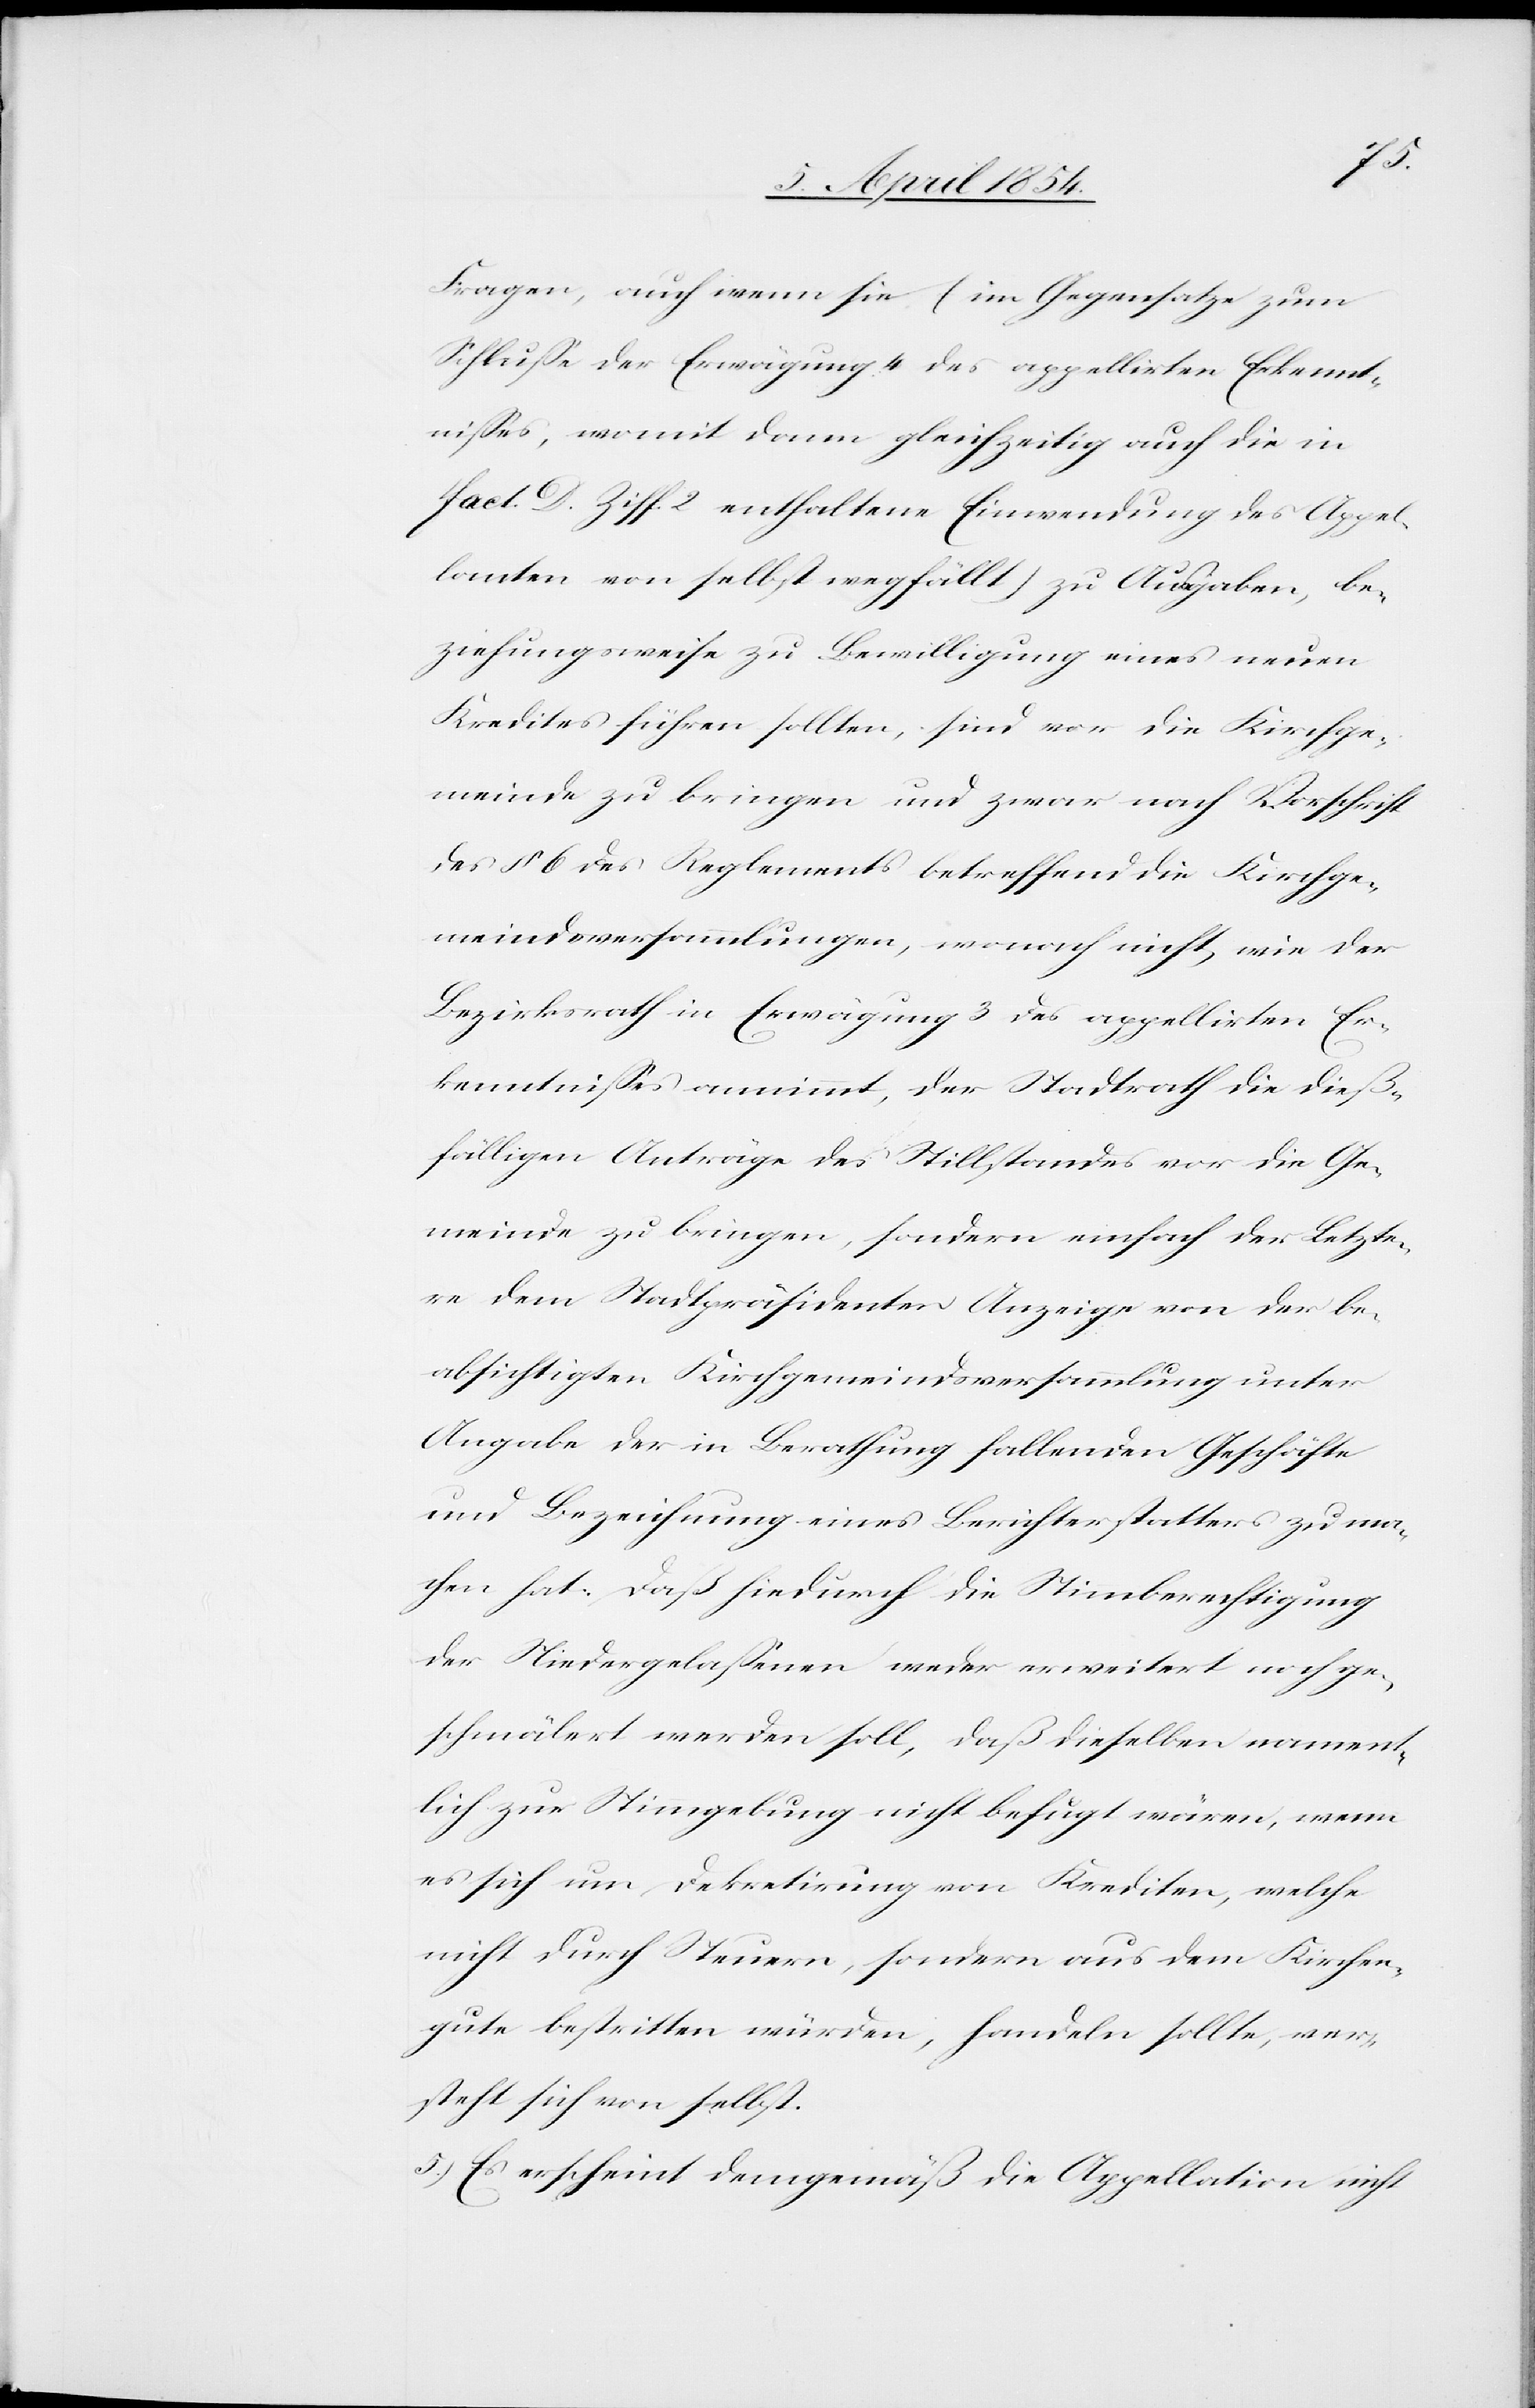
Fragen, auch wenn sie (im Gegensatze zum
Schluße der Erwägung 4 des appellirten Erkennt¬
nißes, womit dann gleichzeitig auch die in
Fact. D. Ziff. 2 enthaltene Einwendung des Appel¬
lanten von selbst wegfällt) zu Ausgaben, be¬
ziehungsweise zu Bewilligung eines neuen
Kredites führen sollten, sind vor die Kirchge¬
meinde zu bringen und zwar nach Vorschrift
des § 6 des Reglements betreffend die Kirchge¬
meindsversammlungen, wonach nicht, wie der
Bezirksrath in Erwägung 3 des appellirten Er¬
kenntnißes annimmt, der Stadtrath die dieß¬
fälligen Anträge des Stillstandes vor die Ge¬
meinde zu bringen, sondern einfach der Letzte¬
re dem Stadtpräsidenten Anzeige von der be¬
absichtigen Kirchgemeindsversammlung unter
Angabe der in Berathung fallenden Geschäfte
und Bezeichnung eines Berichterstatters zu ma¬
chen hat. Daß hiedurch die Stimmberechtigung
der Niedergelaßenen weder erweitert noch ge¬
schmälert werden soll, daß dieselben nament¬
lich zur Stimmgebung nicht befugt wären, wenn
es sich um Dekretirung von Krediten, welche
nicht durch Steuern, sondern aus dem Kirchen¬
gutes bestritten würden, handeln sollte, ver¬
steht sich von selbst.
5.) Es erscheint demgemäß die Appellation nicht